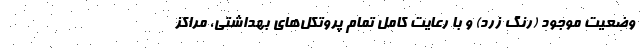
وضعیت موجود (رنگ زرد) و با رعایت کامل تمام پروتکل‌های بهداشتی، مراکز